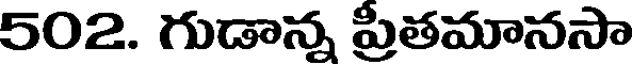
502. గుడాన్న ప్రితమానసా